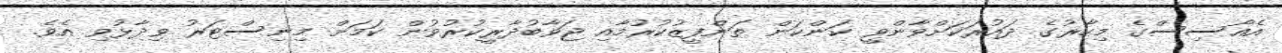
އެއޯސިސްގެ މިހާރުގެ ދައުރަކަށްވާންވީ ކަންކަން ތަންފީޒުކުރުމާއި ޖަވާބުދާރީކުރުވުން ކަމަށް މިނިސްޓަރު ވިދާޅުވި އެވެ.